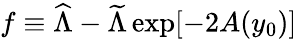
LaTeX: f\equiv{\widehat\Lambda}-{\widetilde\Lambda}\exp[-2A(y_{0})]